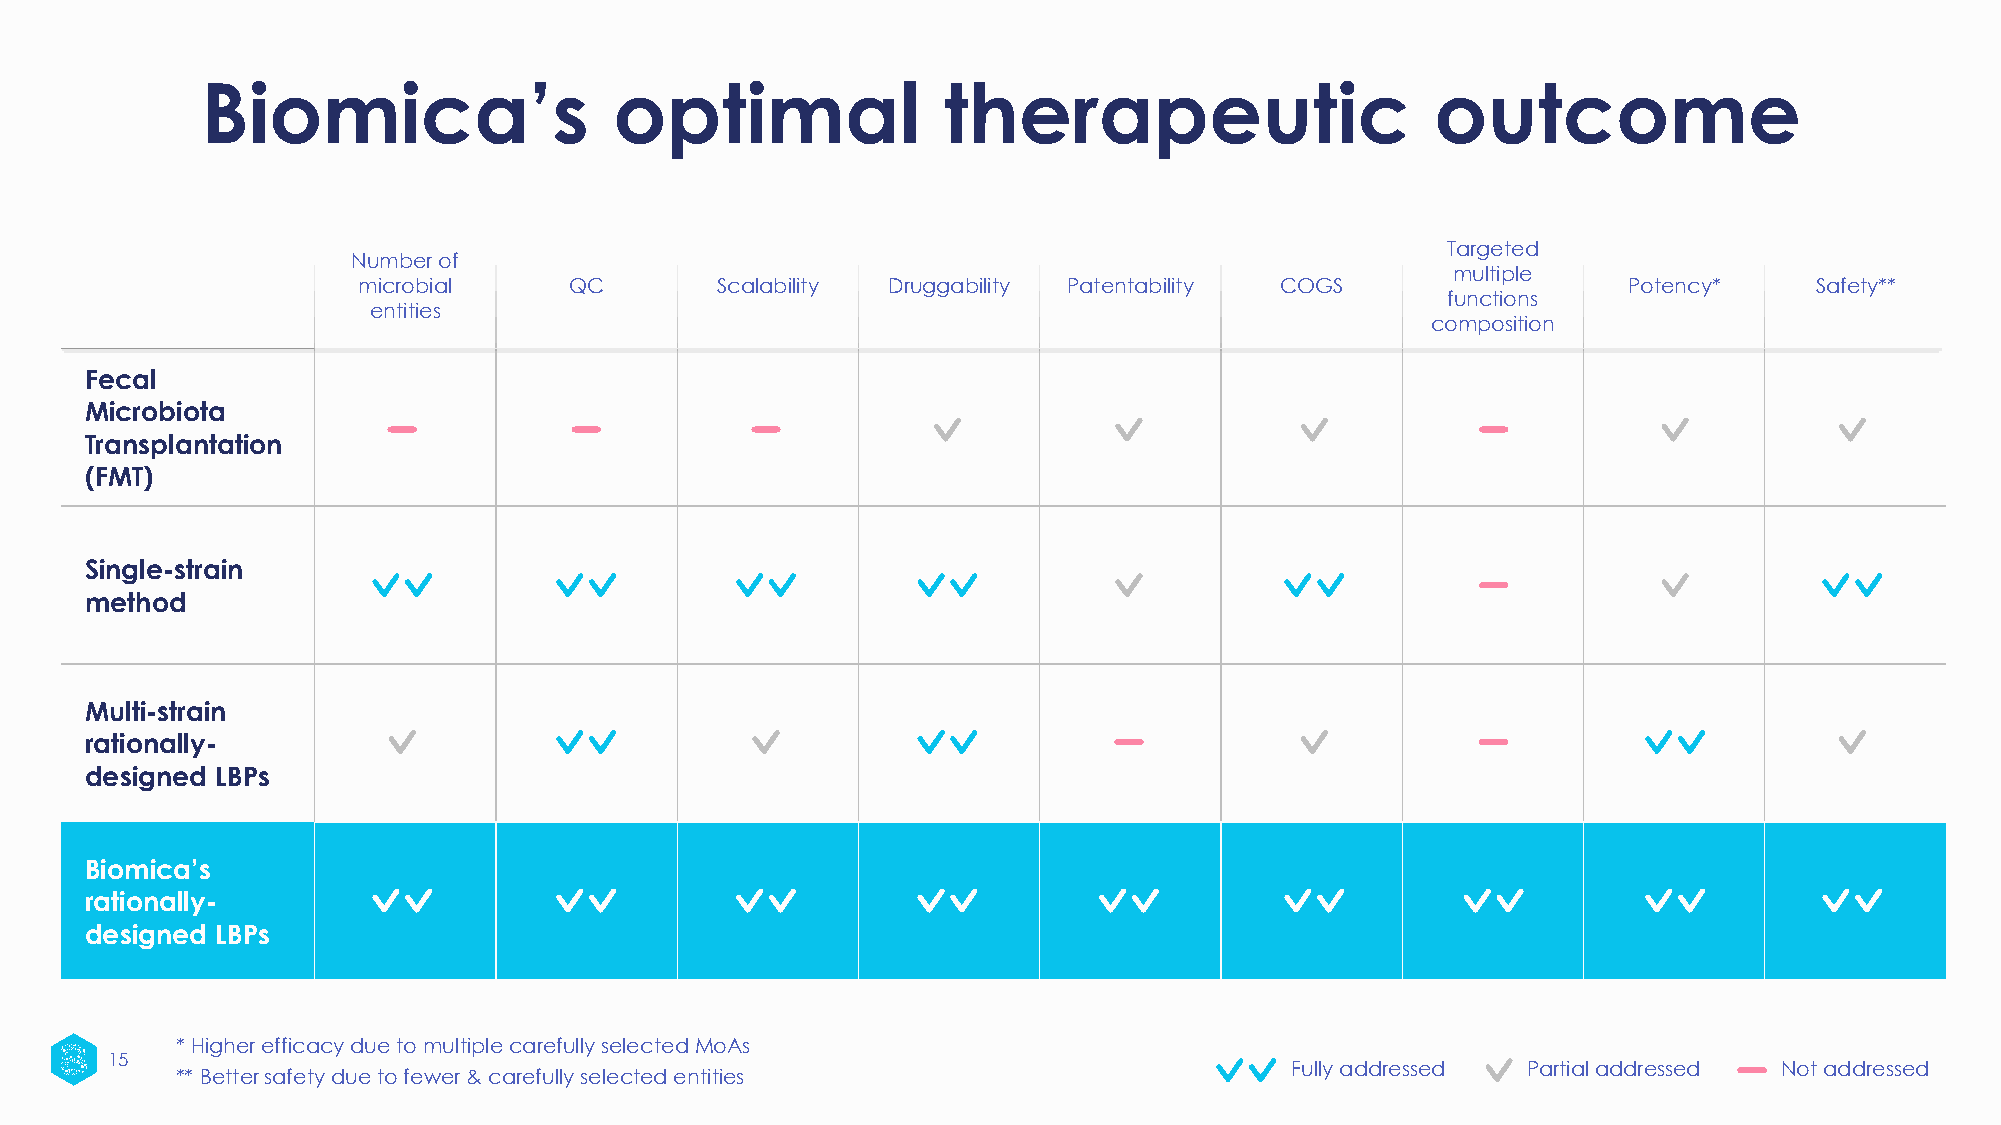
Biomica’s                   optimal              therapeutic                      outcome
 Targeted
 Number of
 multiple
 microbial     QC       Scalability Druggability Patentability COGS                  Potency*    Safety**
 functions
 entities
 composition
 Fecal
 Microbiota
 Transplantation
 (FMT)
 Single-strain
 method
 Multi-strain
 rationally-
 designed LBPs
 Biomica’s
 rationally-
 designed LBPs
 * Higher efficacy due to multiplecarefully selectedMoAs
 15
 FFuullllyy aaddddrreesssseedd PPaarrttiiaall aaddddrreesssseedd NNoott aaddddrreesssseedd
 ** Better safety due to fewer & carefully selected entities